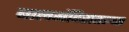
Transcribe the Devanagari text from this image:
बालमंदिरातल्या